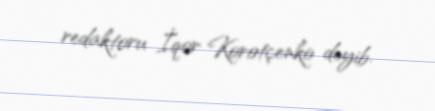
redaktoru İqor Korotçenko deyib.